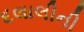
દલાલીની